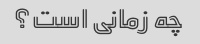
چه زمانی است؟